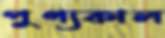
পুণ্যকাল